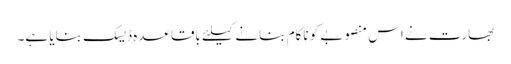
بھارت نے اس منصوبے کو ناکام بنانے کیلئے باقاعدہ ڈیسک بنایا ہے۔